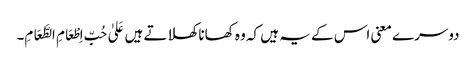
دوسرے معنی اس کے یہ ہیں کہ وہ کھانا کھلاتے ہیں عَلیٰ حُبِّ اِطْعَامِ الطَّعَامِ۔